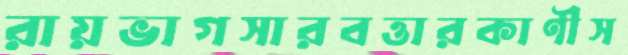
রায়ভাগসারবত্তারকাণীস